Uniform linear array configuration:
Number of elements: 64
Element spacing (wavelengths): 0.25
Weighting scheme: blackman
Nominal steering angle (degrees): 30
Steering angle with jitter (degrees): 31.576
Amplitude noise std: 0.05
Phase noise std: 0.05

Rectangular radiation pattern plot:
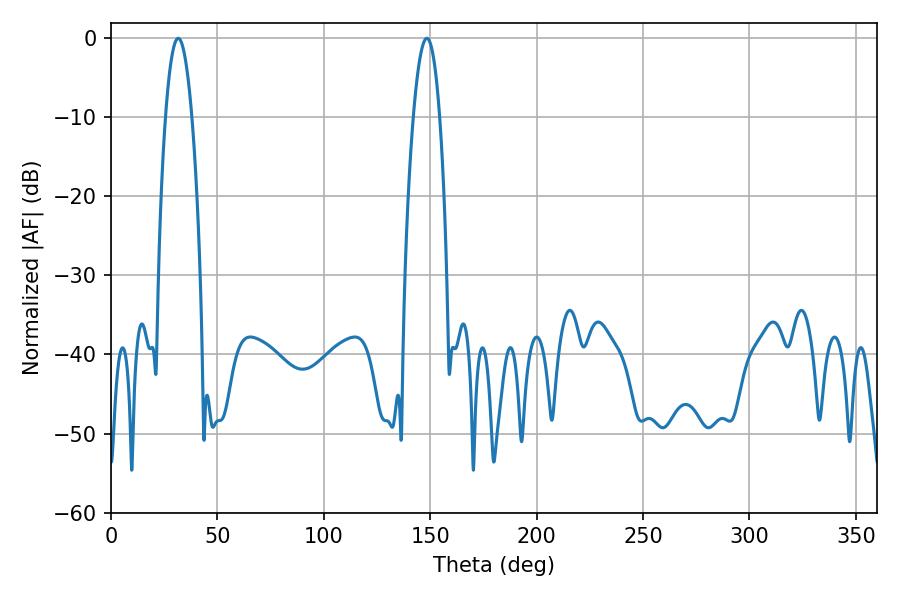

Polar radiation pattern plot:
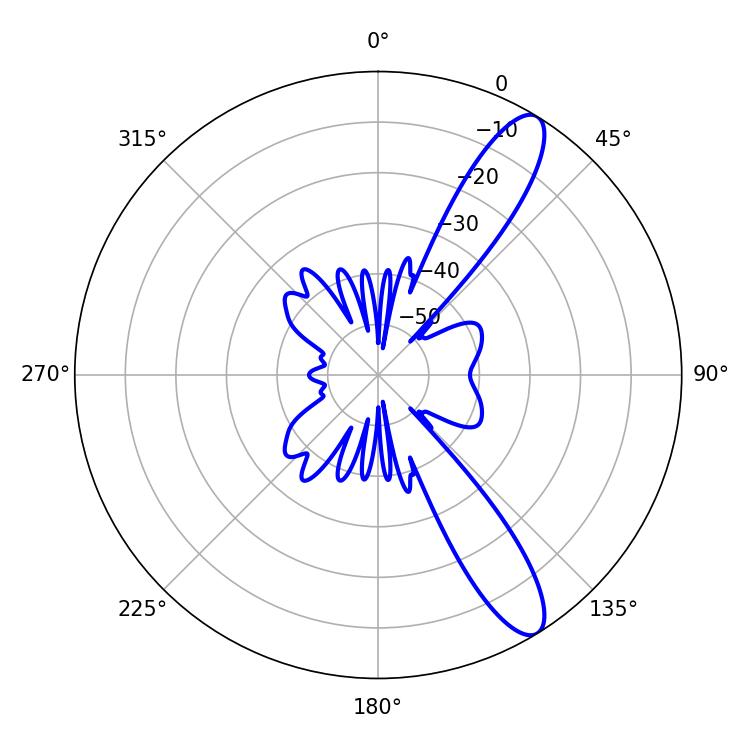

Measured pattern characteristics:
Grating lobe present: FALSE
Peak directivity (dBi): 11.719
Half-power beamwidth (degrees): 6.84
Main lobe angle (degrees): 148.5